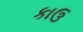
કાઉ